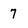
Character: 7